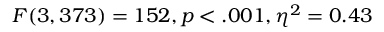
F ( 3 , 3 7 3 ) = 1 5 2 , p < . 0 0 1 , \eta ^ { 2 } = 0 . 4 3